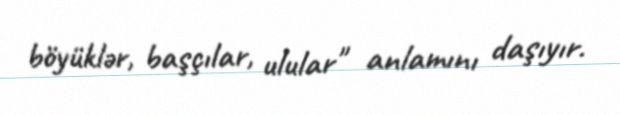
böyüklər, başçılar, ulular" anlamını daşıyır.